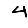
Digit: 4